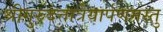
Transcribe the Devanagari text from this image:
श्रीगुरुदत्तात्रेयार्पणमस्तु